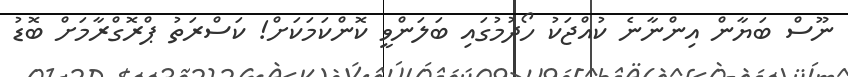
ނޫސް ބަޔާން އިންނާނެ ކުއްޖަކު ހޯދުމުގައި ބަލަންވީ ކޮންކަމަކަށް! ކަސްރަތު ޕްރޮގްރާމަށް ބޮޑު